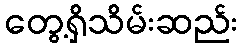
တွေ့ရှိသိမ်းဆည်း